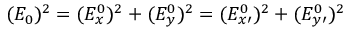
\begin{array} { r } { ( E _ { 0 } ) ^ { 2 } = ( E _ { x } ^ { 0 } ) ^ { 2 } + ( E _ { y } ^ { 0 } ) ^ { 2 } = ( E _ { x \prime } ^ { 0 } ) ^ { 2 } + ( E _ { y \prime } ^ { 0 } ) ^ { 2 } } \end{array}